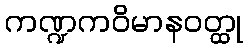
ကဏ္ဍကဝိမာနဝတ္ထု